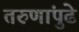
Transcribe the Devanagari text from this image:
तरुणांपुढे